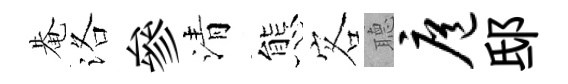
𤲅洛參清態客𦗟扈邸